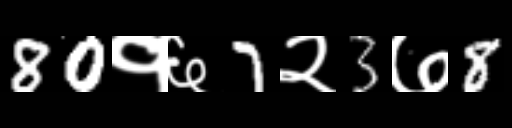
Text: 80१६7२3७8